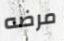
مرضه